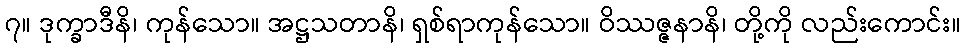
၇။ ဒုက္ခာဒီနိ၊ ကုန်သော။ အဋ္ဌသတာနိ၊ ရှစ်ရာကုန်သော။ ဝိဿဇ္ဇနာနိ၊ တို့ကို လည်းကောင်း။